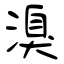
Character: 溴